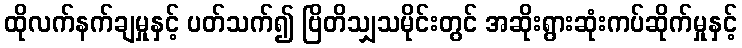
ထိုလက်နက်ချမှုနှင့် ပတ်သက်၍ ဗြိတိသျှသမိုင်းတွင် အဆိုးရွားဆုံးကပ်ဆိုက်မှုနှင့်